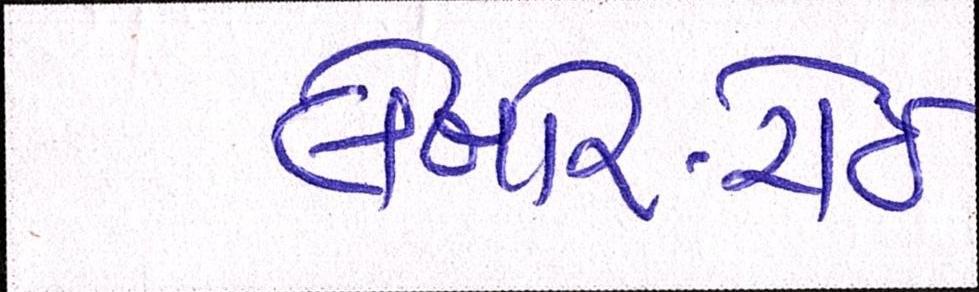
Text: લેબોર-રોઈ